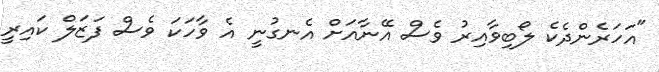
"އަހަރެންދެކެ ލޯބިވާއިރު ވެސް އޭނާއަށް އެނގުނީ އެ ވާހަކަ ވެސް ފަޒަލް ކައިރީ